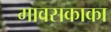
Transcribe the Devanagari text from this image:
मावसकाका